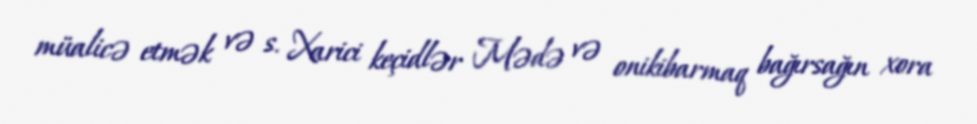
müalicə etmək və s. Xarici keçidlər Mədə və onikibarmaq bağırsağın xora